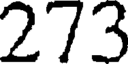
273